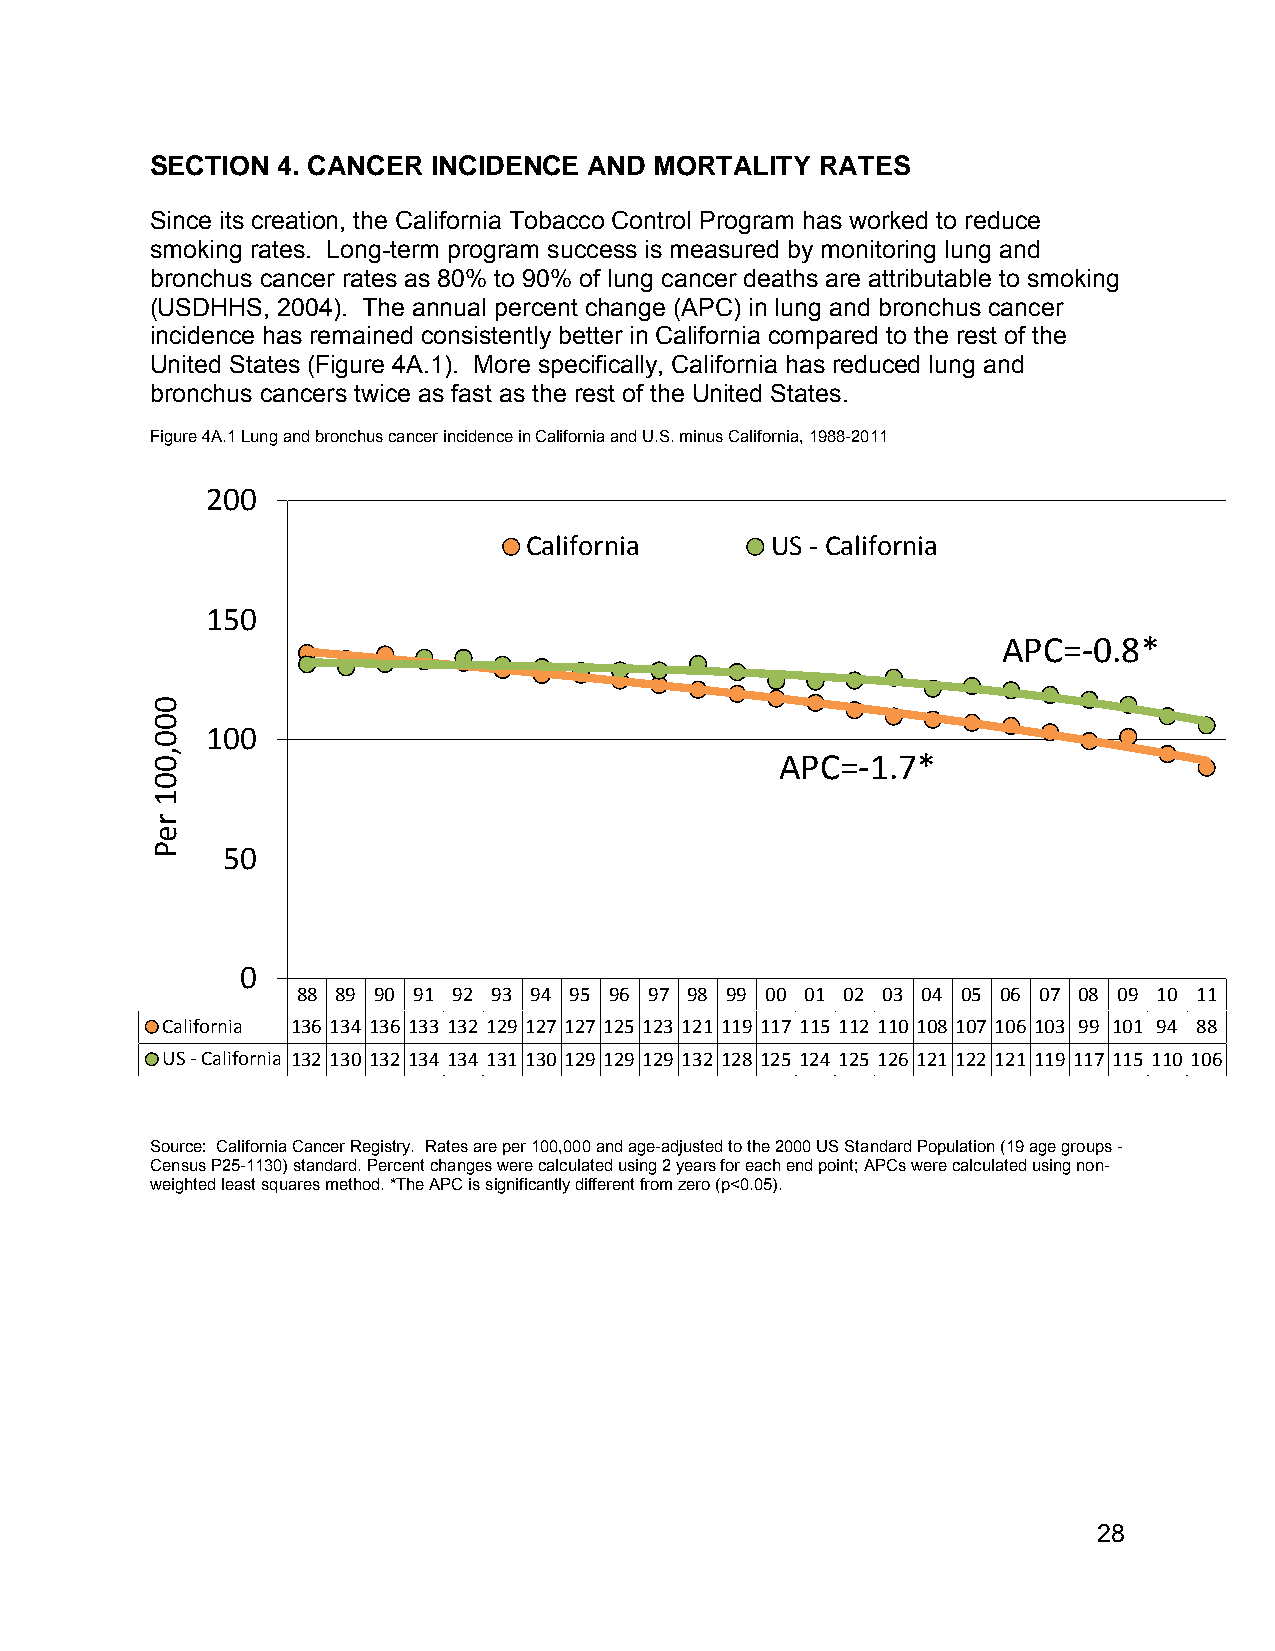
SECTION 4. CANCER  INCIDENCE AND MORTALITY  RATES
 Since its creation, the California Tobacco Control Program has worked to reduce
 smoking rates. Long-term program success is measured by monitoring lung and
 bronchus cancer rates as 80% to 90% of lung cancer deaths are attributable to smoking
 (USDHHS, 2004). The annual percent change (APC) in lung and bronchus cancer
 incidence has remained consistently better in California compared to the rest of the
 United States (Figure 4A.1). More specifically, California has reduced lung and
 bronchus cancers twice as fast as the rest of the United States.
 Figure 4A.1 Lung and bronchus cancer incidence in California and U.S. minus California, 1988-2011
 200
 California      US ‐ California
 150
 APC=‐0.8*
 100
 APC=‐1.7*
 50
 0
 88 89 90 91 92 93 94 95 96 97 98 99 00 01 02 03 04 05 06 07 08 09 10 11
 California 136 134 136 133 132 129 127 127 125 123 121 119 117 115 112 110 108 107 106 103 99 101 94 88
 US ‐ California 132 130 132 134 134 131 130 129 129 129 132 128 125 124 125 126 121 122 121 119 117 115 110 106
 Source: California Cancer Registry. Rates are per 100,000 and age-adjusted to the 2000 US Standard Population (19 age groups -
 Census P25-1130) standard. Percent changes were calculated using 2 years for each end point; APCs were calculated using non-
 weighted least squares method. *The APC is significantly different from zero (p<0.05).
 28
 000,001
 reP